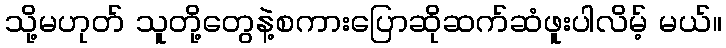
သို့မဟုတ် သူတို့တွေနဲ့စကားပြောဆိုဆက်ဆံဖူးပါလိမ့် မယ်။